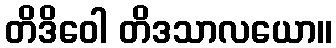
တိဒိဝေါ တိဒသာလယော။